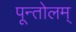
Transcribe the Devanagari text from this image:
पून्तोलम्